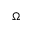
\Omega